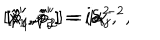
LaTeX: [ \hat { x } _ { 1 } ^ { \prime } , \hat { x } _ { 2 } ^ { \prime } ] = i \alpha ^ { 2 } , \hspace { 0 . 4 c m } [ \hat { p } _ { 1 } ^ { \prime } , \hat { p } _ { 2 } ^ { \prime } ] = i \alpha ^ { - 2 } , \hspace { 0 . 4 c m } [ \hat { x } _ { i } ^ { \prime } , \hat { p } _ { j } ^ { \prime } ] = i \delta _ { i j } .